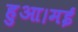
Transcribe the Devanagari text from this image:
हुआ।मई